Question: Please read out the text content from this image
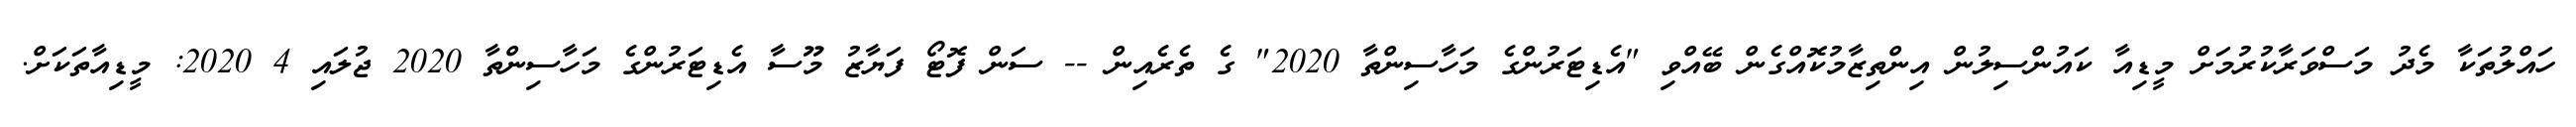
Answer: ހައްލުތަކާ މެދު މަސްވަރާކުރުމަށް މީޑިއާ ކައުންސިލުން އިންތިޒާމުކޮއްގެން ބޭއްވި "އެޑިޓަރުންގެ މަހާސިންތާ 2020" ގެ ތެރެއިން -- ސަން ފޮޓޯ ފަޔާޒު މޫސާ އެޑިޓަރުންގެ މަހާސިންތާ 2020 ޖުލައި 4 2020: މީޑިއާތަކަށް.